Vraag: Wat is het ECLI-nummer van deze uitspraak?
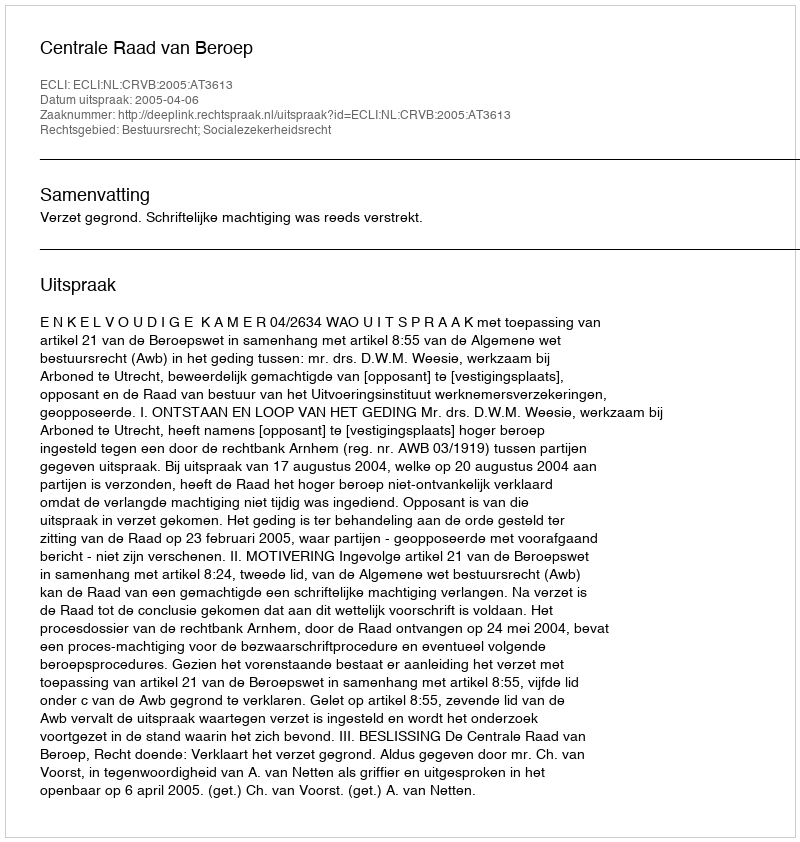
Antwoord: ECLI:NL:CRVB:2005:AT3613